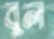
বুল